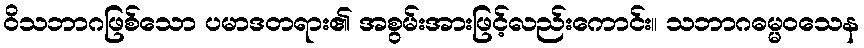
ဝိသဘာဂဖြစ်သော ပမာဒတရား၏ အစွမ်းအားဖြင့်လည်းကောင်း။ သဘာဂဓမ္မဝသေန